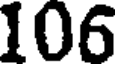
106